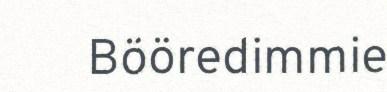
Bööredimmie